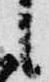
言